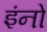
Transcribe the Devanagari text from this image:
इंनो